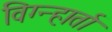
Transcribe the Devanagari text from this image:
विग्न्हार्ता